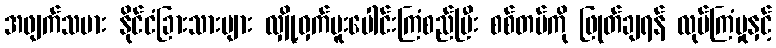
အဖျက်သမား နိုင်ငံခြားသားများ လျှို့ဝှက်ပူးပေါင်းကြံစည်ပြီး စစ်တပ်ကို ဖြုတ်ချရန် လုပ်ကြံမှုနှင့်